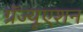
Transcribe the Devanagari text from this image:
ग्रॅज्यूएशन